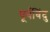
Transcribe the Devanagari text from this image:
पूर्वबिंदु